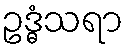
ဥဒ္ဓံသရာ